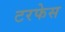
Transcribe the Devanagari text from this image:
टरफेस